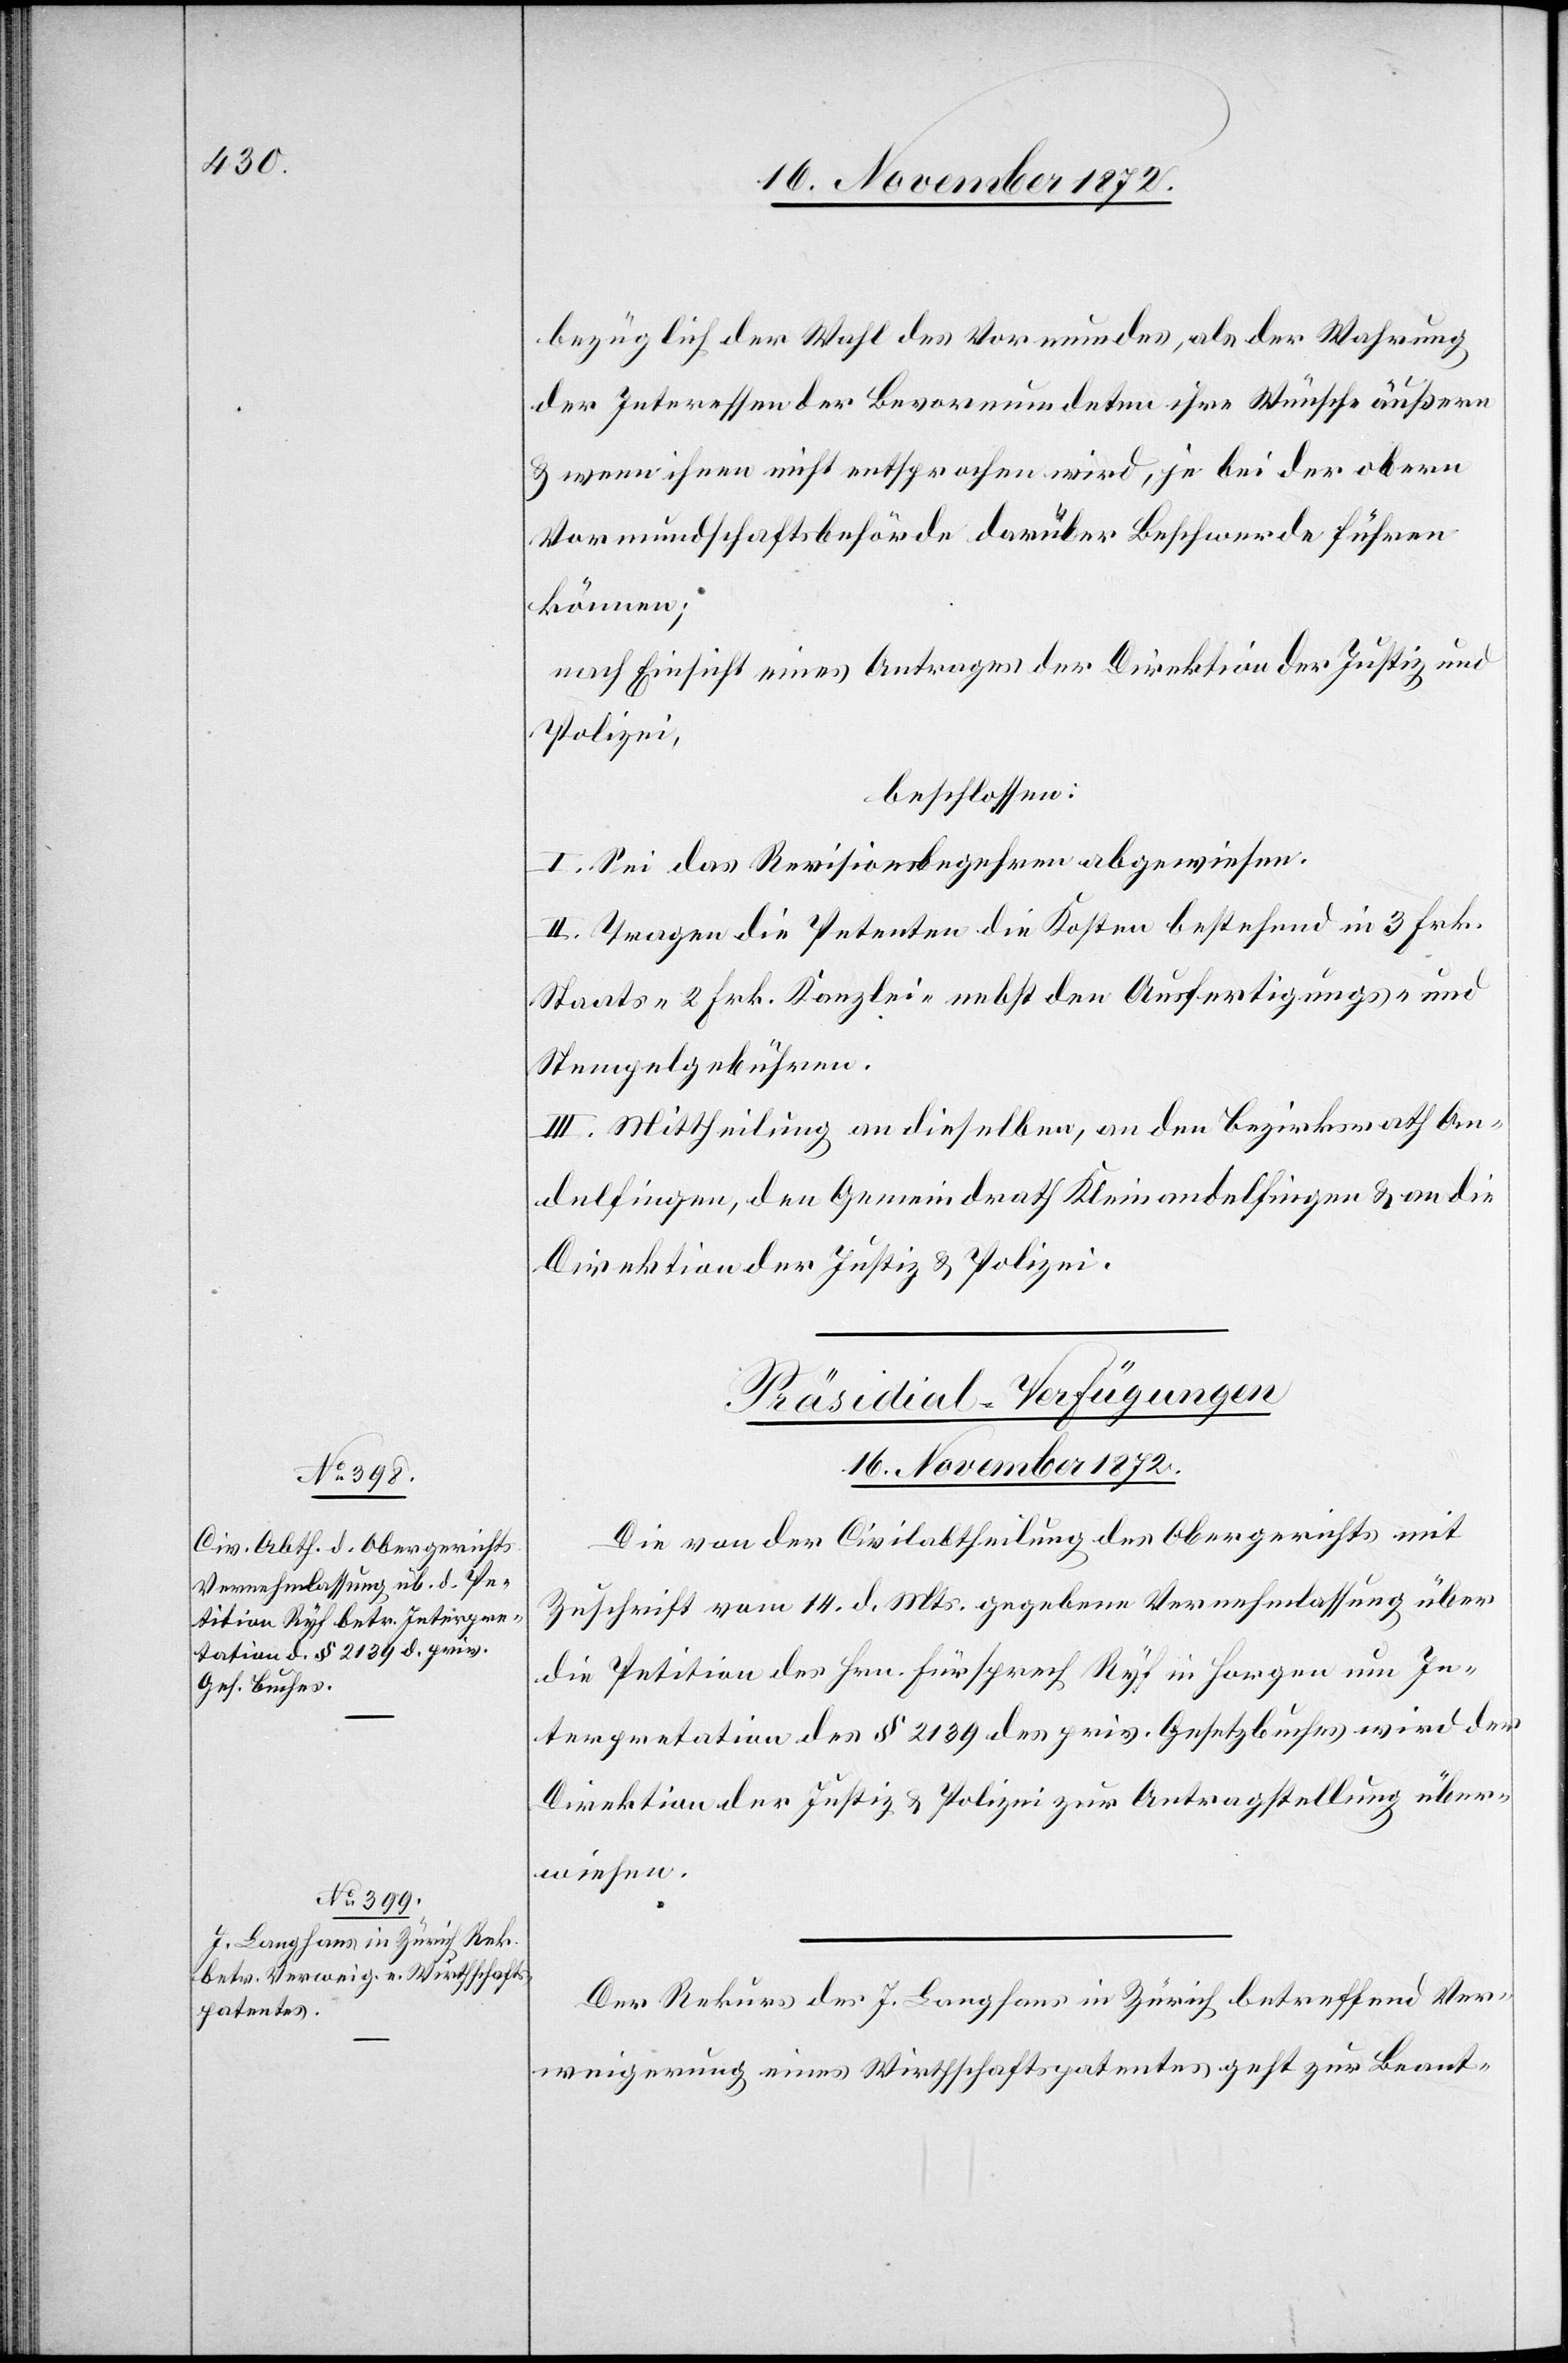
bezüglich der Wahl des Vormundes, als der Wahrung
der Interessen der Bevormundeten ihre Wünsch äußern
u. wenn ihnen nicht entsprochen wird, je bei der obern
Vormundschaftsbehörde darüber Beschwerde führen
können;
nach Einsicht eines Antrages der Direktion der Justiz und
Polizei,
beschlossen:
I. Sei das Revisionsbegehren abgewiesen.
II. Tragen die Petenten die Kosten bestehend in 3 Frk.
Staats- 2 Frk. Kanzlei- nebst den Ausfertigungs- und
Stempelgebühren.
III. Mittheilung an dieselben, an den Bezirksrath An¬
delfingen, den Gemeindrath Kleinandelfingen u. an die
Direktion der Justiz u. Polizei.
[Präsidial-Verfügungen
16. November 1872.]
Die von der Civilabtheilung des Obergerichts mit
Zuschrift vom 14. d. Mts. gegebene Vernehmlassung über
die Petition des Hrn. Fürsprech Ryf in Horgen um In¬
terpretation des § 2139 des priv. Gesetzbuches wird der
Direktion der Justiz u. Polizei zur Antragstellung über¬
wiesen.
Der Rekurs des J. Langhans in Zürich betreffend Ver¬
weigerung eines Wirthschaftspatentes geht zur Beant-